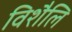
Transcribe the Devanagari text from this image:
विशैलि